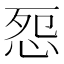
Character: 㤪